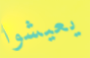
يعيشوا